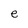
Character: e